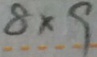
8 \times 9